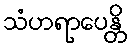
သံဟရာပေန္တိ